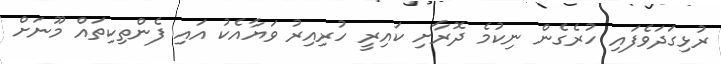
ރުޅިގަދަވެފައި ހުރެގެން ނިކުމެ ދޮރާށި ކައިރީ ހުރިއިރު ވަޔާއެކު އައި ފެންތިކިތައް މޫނަށް